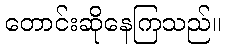
တောင်းဆိုနေကြသည်။